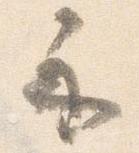
示